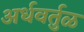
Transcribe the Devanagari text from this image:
अर्धवर्तुळ